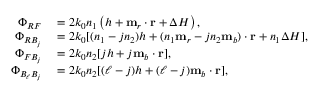
\begin{array} { r l } { \Phi _ { R F } } & { { } = 2 k _ { 0 } n _ { 1 } \left( h + \mathbf { m } _ { r } \cdot \mathbf { r } + \Delta H \right) , } \\ { \Phi _ { R B _ { j } } } & { { } = 2 k _ { 0 } [ ( n _ { 1 } - j n _ { 2 } ) h + ( n _ { 1 } \mathbf { m } _ { r } - j n _ { 2 } \mathbf { m } _ { b } ) \cdot \mathbf { r } + n _ { 1 } \Delta H ] , } \\ { \Phi _ { F B _ { j } } } & { { } = 2 k _ { 0 } n _ { 2 } [ j h + j \mathbf { m } _ { b } \cdot \mathbf { r } ] , } \\ { \Phi _ { B _ { \ell } B _ { j } } } & { { } = 2 k _ { 0 } n _ { 2 } [ ( \ell - j ) h + ( \ell - j ) \mathbf { m } _ { b } \cdot \mathbf { r } ] , } \end{array}